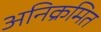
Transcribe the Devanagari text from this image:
अनिक्रमित